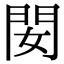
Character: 𨳐